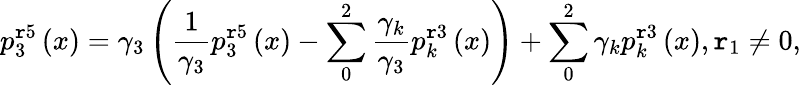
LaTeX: p_{3}^{\mathtt{r}5}\left(x\right)={{\gamma}_{3}}\left(\frac{{1}}{{{{\gamma}_{3}}}}p_{3}^{\mathtt{r}5}\left(x\right)-\sum_{0}^{2}{\frac{{{{\gamma}_{k}}}}{{{{\gamma}_{3}}}}p_{k}^{\mathtt{r}3}\left(x\right)}\right)+\sum_{0}^{2}{{{\gamma}_{k}}p_{k}^{\mathtt{r}3}\left(x\right)},{{\mathtt{r}}_{1}}\ne0,